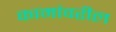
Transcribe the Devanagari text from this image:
कामांवरील